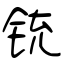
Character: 铳